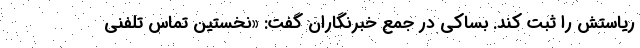
ریاستش را ثبت کند. بساکی در جمع خبرنگاران گفت: «نخستین تماس تلفنی